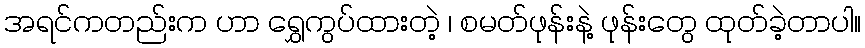
အရင်ကတည်းက ဟာ ရွှေကွပ်ထားတဲ့ ၊ စမတ်ဖုန်းနဲ့ ဖုန်းတွေ ထုတ်ခဲ့တာပါ။